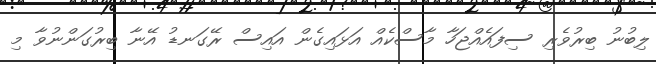
ލިބުނު ބިރުވެރި ސިފައެއްޖަހާ މާސްކެއް އަޅައިގެން އައިސް ރޭގަނޑު އޭނާ ބިރުގަންނުވާ މި